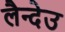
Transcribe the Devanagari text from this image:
लैन्देउ